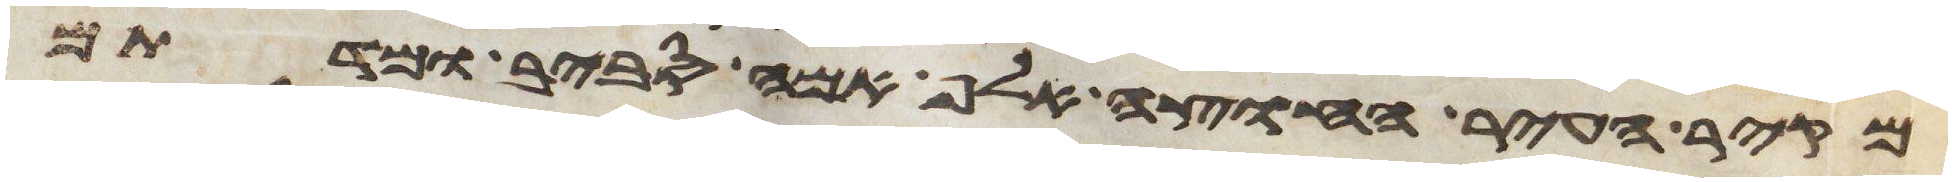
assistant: מקיר העיר החוצה אלף אמה סביב ומדתם